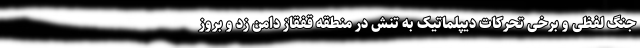
جنگ لفظی و برخی تحرکات دیپلماتیک به تنش در منطقه قفقاز دامن زد و بروز